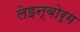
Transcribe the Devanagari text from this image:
लेइन्बोर्ग